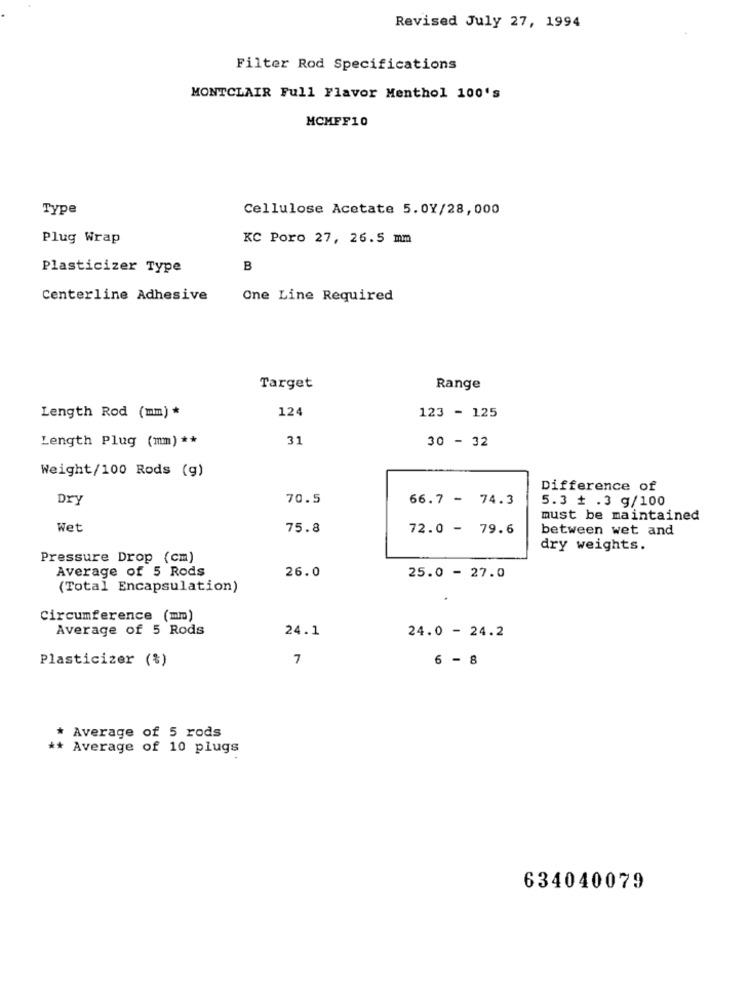
Revised July 27, 1994
Filter Rod Specifications
MONTCLAIR Full Flavor Menthol 100's
MCMFF10
Type
Cellulose Acetate 5.0Y/28,000
Plug Wrap
KC Poro 27, 26.5 mm
Plasticizer Type
B
Centerline Adhesive
One Line Required
Target
Range
124
Length Rod (mm) *
123 - 125
31
30 - 32
Length Plug (mm) **
Weight/100 Rods (g)
Difference of
Dry
70.5
66.7 - 74.3
5.3 + .3 g/100
must be maintained
Wet
75.8
72.0 - 79.6
between wet and
dry weights.
Pressure Drop (cm)
Average of 5 Rods
26.0
25.0 - 27.0
(Total Encapsulation)
Circumference (mm)
Average of 5 Rods
24.1
24.0 - 24.2
Plasticizer (%)
7
6 - 8
Average of 5 rods
* Average of 10 plugs
634040079